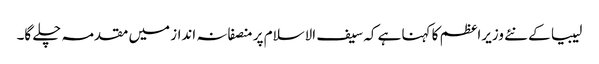
لیبیا کے نئے وزیراعظم کا کہنا ہے کہ سیف الاسلام پر منصفانہ انداز میں مقدمہ چلے گا۔